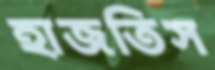
হাজতিস